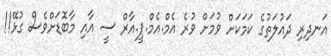
އަނދިރި ދައުލަތުގެ ކަމަކަށް ވުމަށް ވުރެ އެމް.އެމް.ޕީ.އާރް ސީ އާއި މާބޮޑަށްވެސް ގުޅޭ!!